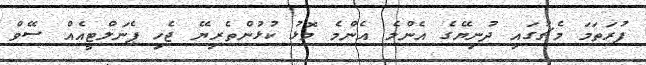
ފުރަތަމަ މެޗުގައި ދުނިޔޭގެ އެންމެ އެންމެ މޮޅު ކުޅުންތެރިޔޭ ޖެހި ޕެނަލްޓީއެއް ސޭވް